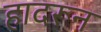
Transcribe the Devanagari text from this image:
हादरून